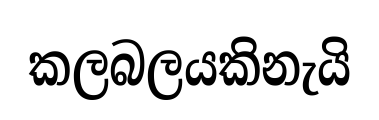
කලබලයකිනැයි